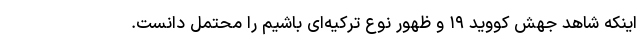
اینکه شاهد جهش کووید ۱۹ و ظهور نوع ترکیه‌ای باشیم را محتمل دانست.